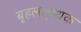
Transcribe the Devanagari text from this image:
बृहललुब्धक